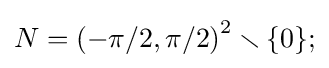
N=\left(-\pi /2,\pi /2\right)^{2}\smallsetminus \{0\};